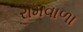
રામવાળા